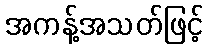
အကန့်အသတ်ဖြင့်